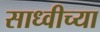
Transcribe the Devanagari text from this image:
साध्वीच्या